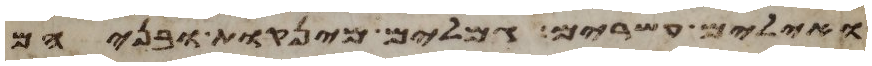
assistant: ואילים עשרים גמלים מינקות ובניהם